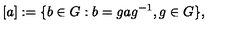
[ a ] : = \{ b \in G : b = g a g ^ { - 1 } , g \in G \} ,